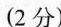
(2分)